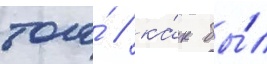
того́ / ка́к бы́л